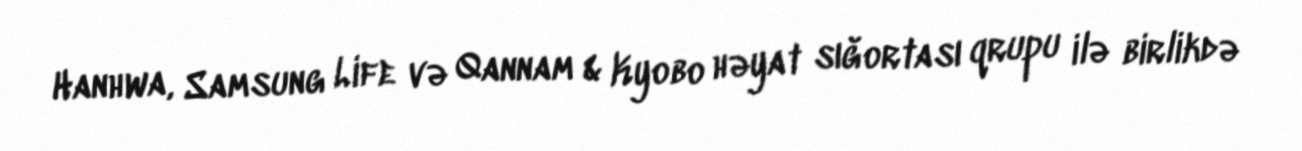
Hanhwa, Samsung Life və Qannam & Kyobo həyat sığortası qrupu ilə birlikdə